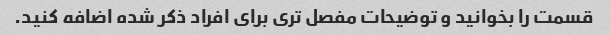
قسمت را بخوانید و توضیحات مفصل تری برای افراد ذکر شده اضافه کنید.